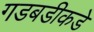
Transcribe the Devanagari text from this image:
गडबडीकडे